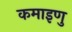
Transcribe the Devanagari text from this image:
कमाइणु